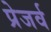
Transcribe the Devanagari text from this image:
प्रेजर्व